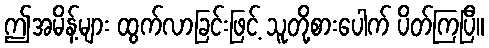
ဤအမိန့်များ ထွက်လာခြင်းဖြင့် သူတို့စားပေါက် ပိတ်ကြပြီ။